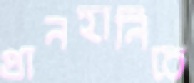
প্রানহানিতে